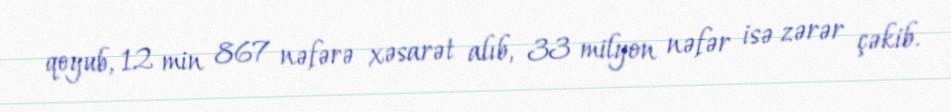
qoyub, 12 min 867 nəfərə xəsarət alıb, 33 milyon nəfər isə zərər çəkib.